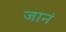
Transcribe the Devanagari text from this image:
जानं